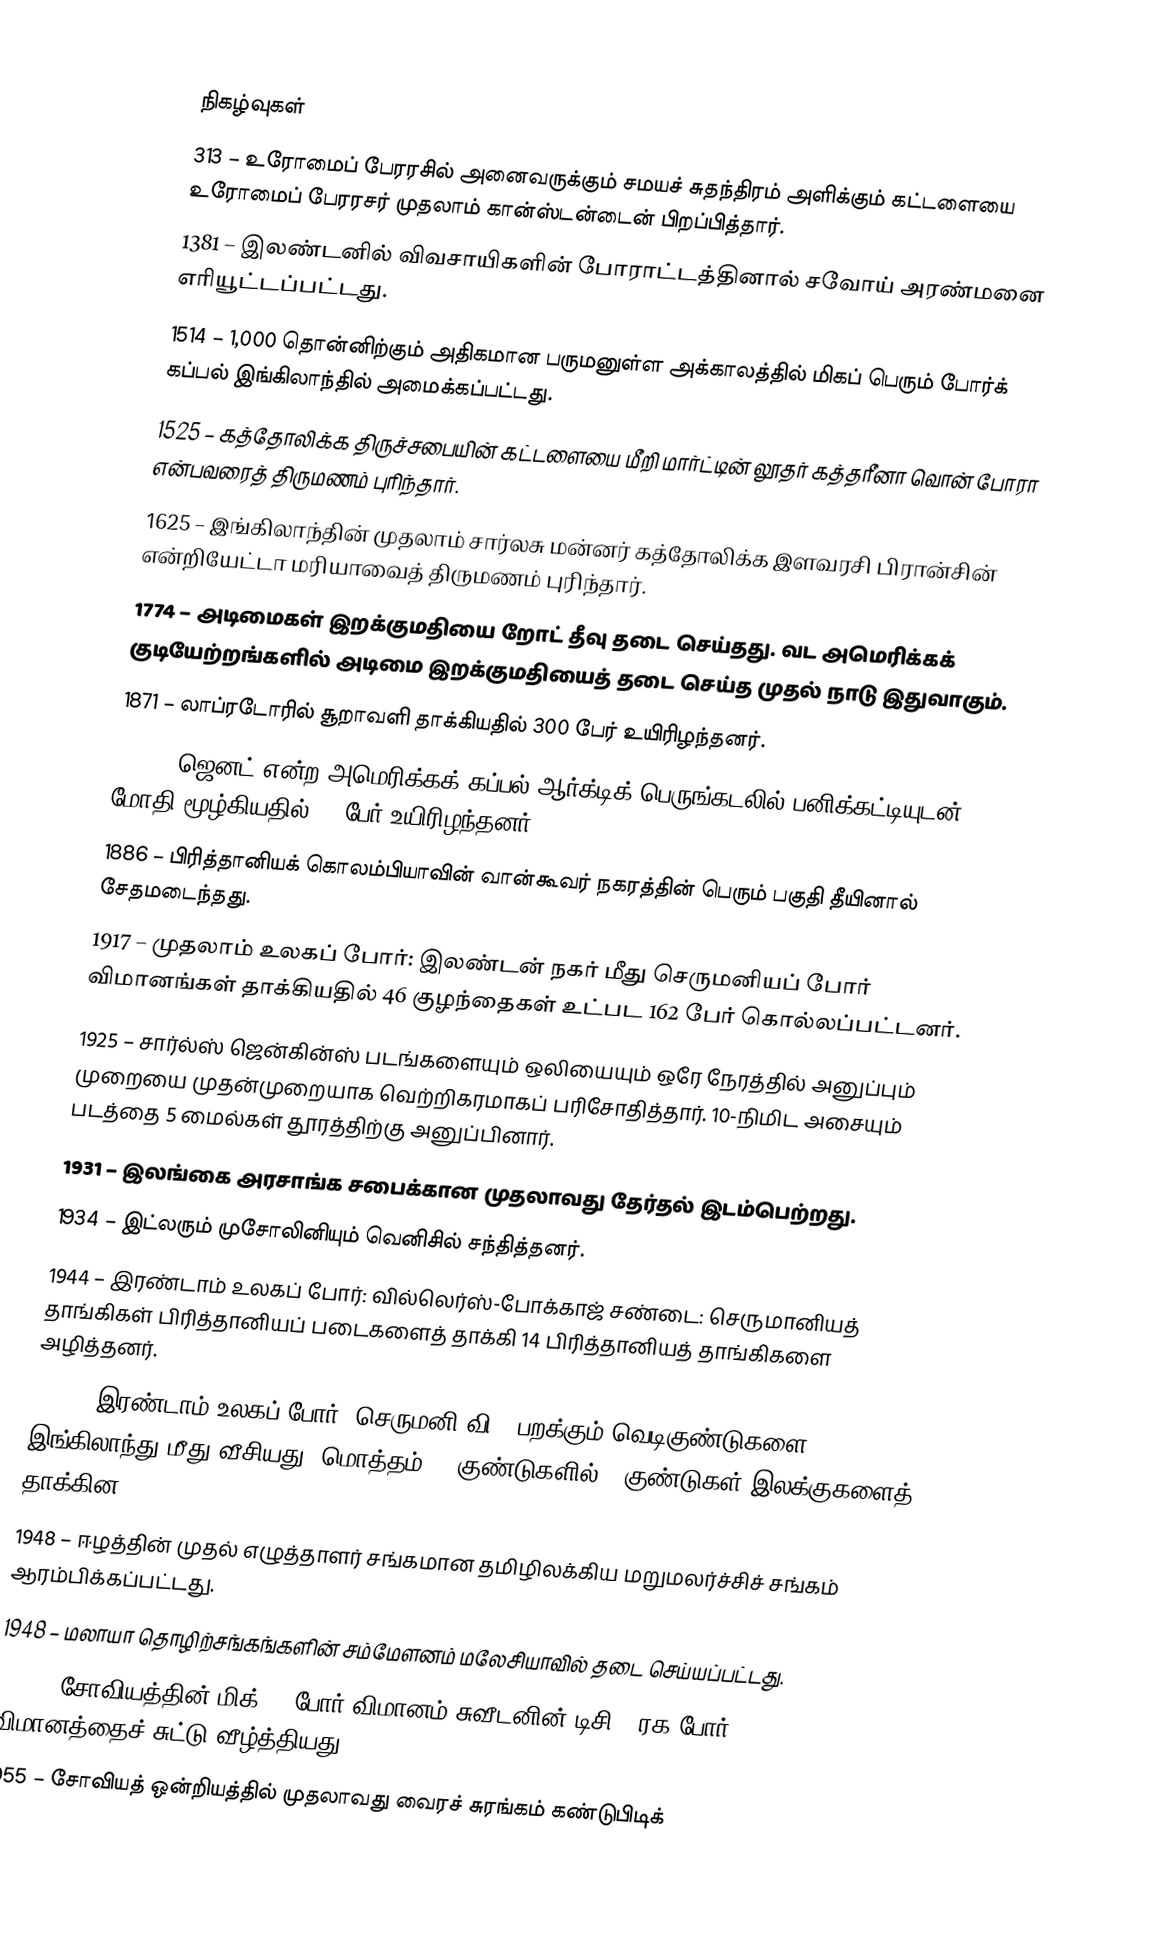

நிகழ்வுகள்
 313 – உரோமைப் பேரரசில் அனைவருக்கும் சமயச் சுதந்திரம் அளிக்கும் கட்டளையை உரோமைப் பேரரசர் முதலாம் கான்ஸ்டன்டைன் பிறப்பித்தார்.
1381 – இலண்டனில் விவசாயிகளின் போராட்டத்தினால் சவோய் அரண்மனை எரியூட்டப்பட்டது.
1514 – 1,000 தொன்னிற்கும் அதிகமான பருமனுள்ள அக்காலத்தில் மிகப் பெரும் போர்க் கப்பல் இங்கிலாந்தில் அமைக்கப்பட்டது.
1525 – கத்தோலிக்க திருச்சபையின் கட்டளையை மீறி மார்ட்டின் லூதர் கத்தரீனா வொன் போரா என்பவரைத் திருமணம் புரிந்தார்.
1625 – இங்கிலாந்தின் முதலாம் சார்லசு மன்னர் கத்தோலிக்க இளவரசி பிரான்சின் என்றியேட்டா மரியாவைத் திருமணம் புரிந்தார்.
1774 – அடிமைகள் இறக்குமதியை றோட் தீவு தடை செய்தது. வட அமெரிக்கக் குடியேற்றங்களில் அடிமை இறக்குமதியைத் தடை செய்த முதல் நாடு இதுவாகும்.
1871 – லாப்ரடோரில் சூறாவளி தாக்கியதில் 300 பேர் உயிரிழந்தனர்.
1881 – ஜெனட் என்ற அமெரிக்கக் கப்பல் ஆர்க்டிக் பெருங்கடலில் பனிக்கட்டியுடன் மோதி மூழ்கியதில் 11 பேர் உயிரிழந்தனர்.
1886 – பிரித்தானியக் கொலம்பியாவின் வான்கூவர் நகரத்தின் பெரும் பகுதி தீயினால் சேதமடைந்தது.
1917 – முதலாம் உலகப் போர்: இலண்டன் நகர் மீது செருமனியப் போர் விமானங்கள் தாக்கியதில் 46 குழந்தைகள் உட்பட 162 பேர் கொல்லப்பட்டனர்.
1925 – சார்ல்ஸ் ஜென்கின்ஸ் படங்களையும் ஒலியையும் ஒரே நேரத்தில் அனுப்பும் முறையை முதன்முறையாக வெற்றிகரமாகப் பரிசோதித்தார். 10-நிமிட அசையும் படத்தை 5 மைல்கள் தூரத்திற்கு அனுப்பினார்.
1931 – இலங்கை அரசாங்க சபைக்கான முதலாவது தேர்தல் இடம்பெற்றது.
1934 – இட்லரும் முசோலினியும் வெனிசில் சந்தித்தனர்.
1944 – இரண்டாம் உலகப் போர்: வில்லெர்ஸ்-போக்காஜ் சண்டை:  செருமானியத் தாங்கிகள் பிரித்தானியப் படைகளைத் தாக்கி 14 பிரித்தானியத் தாங்கிகளை அழித்தனர்.
1944 – இரண்டாம் உலகப் போர்: செருமனி வி-1 பறக்கும் வெடிகுண்டுகளை இங்கிலாந்து மீது வீசியது. மொத்தம் 11 குண்டுகளில் 4 குண்டுகள் இலக்குகளைத் தாக்கின.
1948 – ஈழத்தின் முதல் எழுத்தாளர் சங்கமான தமிழிலக்கிய மறுமலர்ச்சிச் சங்கம் ஆரம்பிக்கப்பட்டது.
1948 – மலாயா தொழிற்சங்கங்களின் சம்மேளனம் மலேசியாவில் தடை செய்யப்பட்டது.
1952 – சோவியத்தின் மிக்-15 போர் விமானம் சுவீடனின் டிசி-3 ரக போர் விமானத்தைச் சுட்டு வீழ்த்தியது.
1955 – சோவியத் ஒன்றியத்தில் முதலாவது வைரச் சுரங்கம் கண்டுபிடிக்